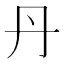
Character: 丹